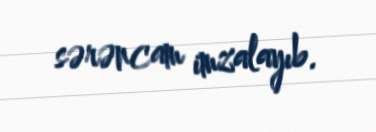
sərəncam imzalayıb.